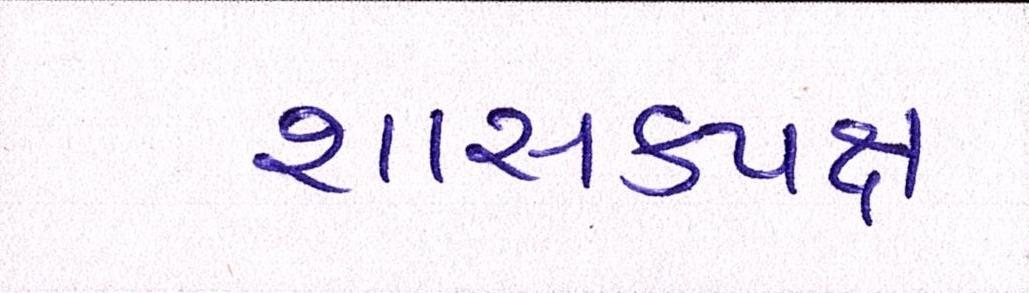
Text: શાસકપક્ષ